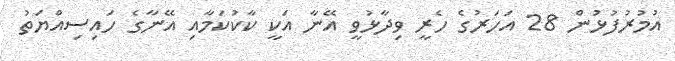
އުމުރުފުޅުން 28 އަހަރުގެ ހެރީ ވިދާޅުވީ އޭނާ އަކީ ކާކުކަމާއި އޭނާގެ ހައިސިއްޔަތު